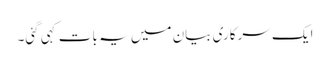
ایک سرکاری بیان میں یہ بات کہی گئی۔